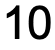
10